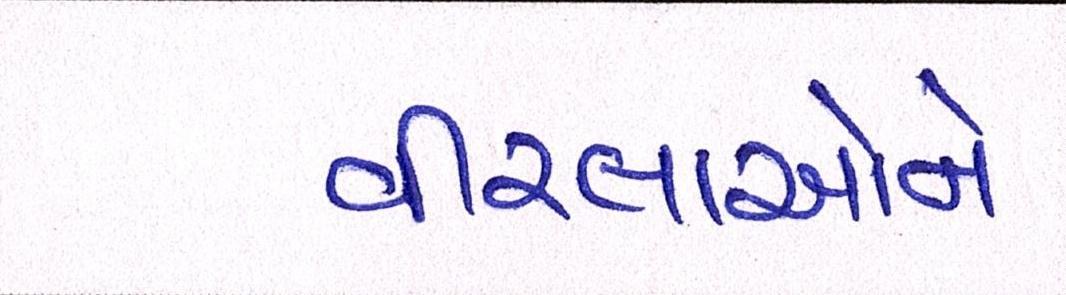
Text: વીરલાઓને